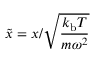
\Tilde { x } = x / \sqrt { \frac { k _ { \mathrm { b } } T } { m \omega ^ { 2 } } }